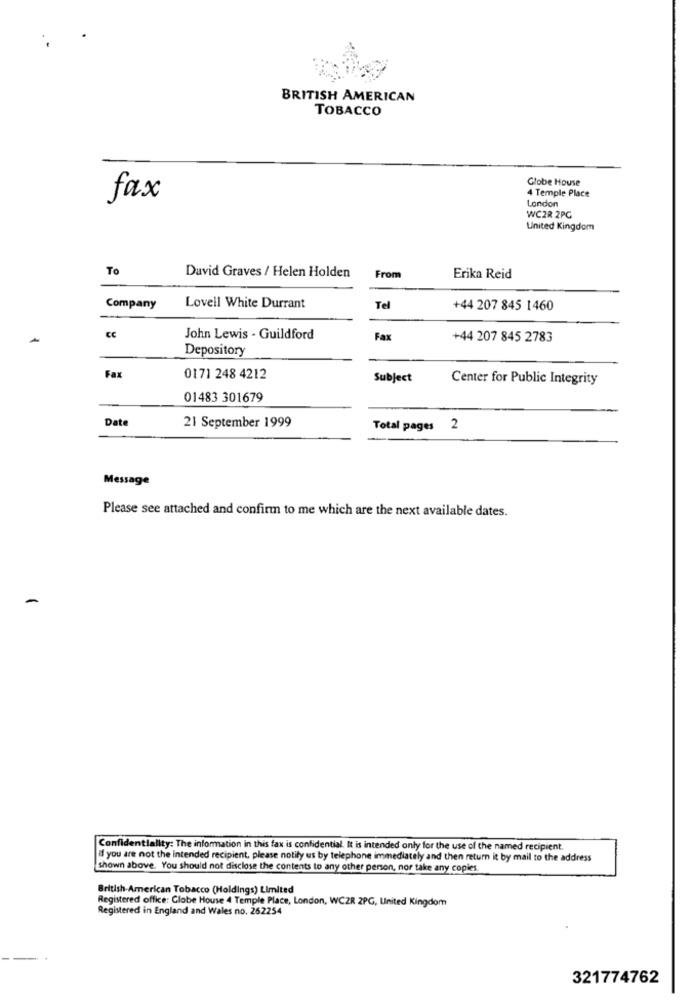
BRITISH AMERICAN
TOBACCO
Globe House
fax
4 Temple Place
London
WC2R 2PC
United Kingdom
To
David Graves / Helen Holden
From
Erika Reid
Company
Lovell White Durrant
Tel
+44 207 845 1460
John Lewis - Guildford
Fax
+44 207 845 2783
Depository
Fax
0171 248 4212
Subject
Center for Public Integrity
01483 301679
Date
21 September 1999
Total pages 2
Message
Please see attached and confirm to me which are the next available dates.
Confidentiality: The information in this fax is confidential. It is intended only for the use of the named recipient.
If you are not the intended recipient, please notify us by telephone immediately and then return it by mail to the address
shown above. You should not disclose the contents to any other person, nor take any copies.
British American Tobacco (Holdings) Limited
Registered office: Globe House 4 Temple Place, London, WC2R 2PG, United Kingdom
Registered in England and Wales no. 262254
321774762